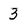
Character: 3